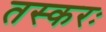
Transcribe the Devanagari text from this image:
तस्करः